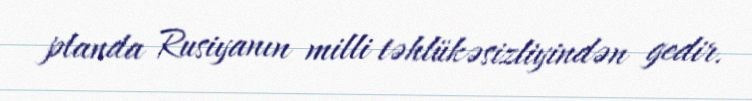
planda Rusiyanın milli təhlükəsizliyindən gedir.